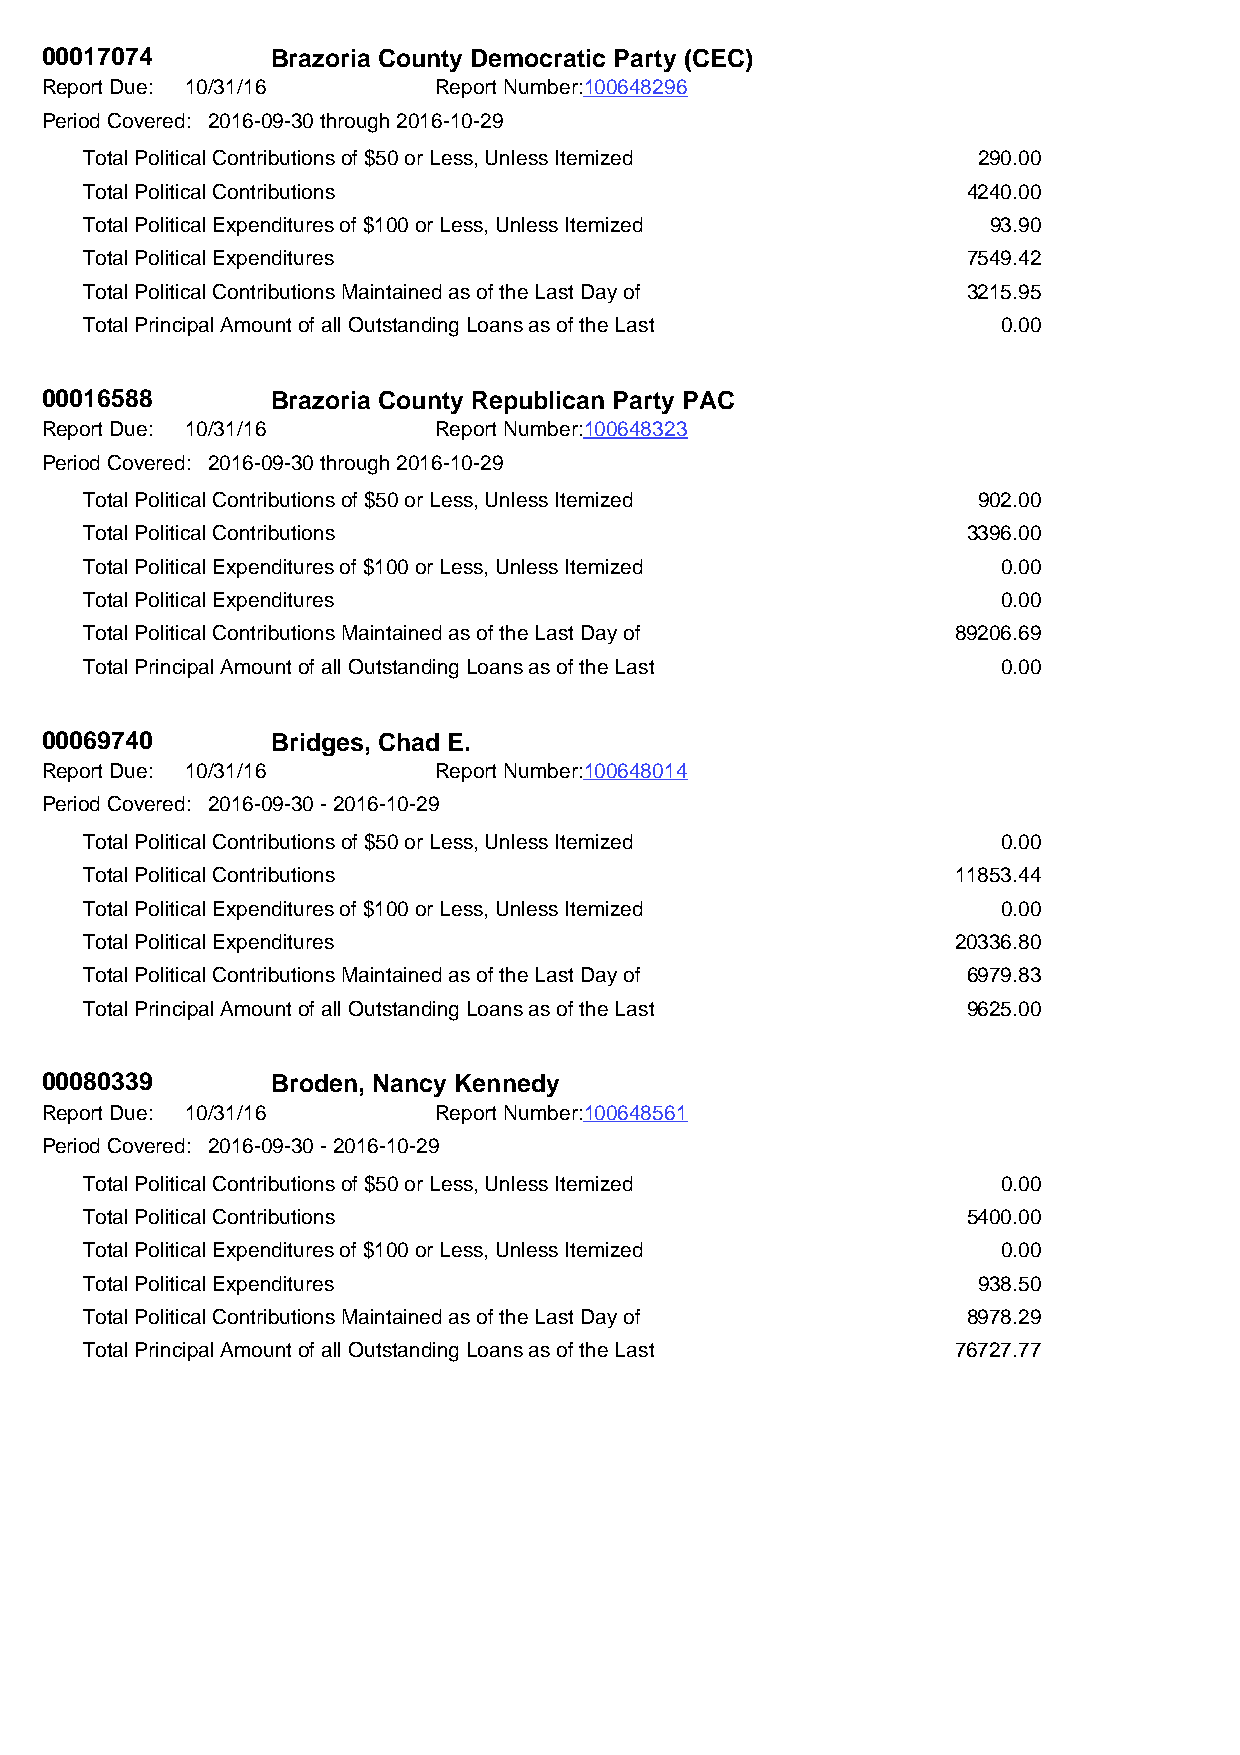
00017074       Brazoria County Democratic Party (CEC)
 Report Due: 10/31/16      Report Number:100648296
 Period Covered: 2016-09-30 through 2016-10-29
 Total Political Contributions of $50 or Less, Unless Itemized 290.00
 Total Political Contributions                             4240.00
 Total Political Expenditures of $100 or Less, Unless Itemized 93.90
 Total Political Expenditures                              7549.42
 Total Political Contributions Maintained as of the Last Day of 3215.95
 Total Principal Amount of all Outstanding Loans as of the Last 0.00
 00016588       Brazoria County Republican Party PAC
 Report Due: 10/31/16      Report Number:100648323
 Period Covered: 2016-09-30 through 2016-10-29
 Total Political Contributions of $50 or Less, Unless Itemized 902.00
 Total Political Contributions                             3396.00
 Total Political Expenditures of $100 or Less, Unless Itemized 0.00
 Total Political Expenditures                                0.00
 Total Political Contributions Maintained as of the Last Day of 89206.69
 Total Principal Amount of all Outstanding Loans as of the Last 0.00
 00069740       Bridges, Chad E.
 Report Due: 10/31/16      Report Number:100648014
 Period Covered: 2016-09-30 - 2016-10-29
 Total Political Contributions of $50 or Less, Unless Itemized 0.00
 Total Political Contributions                            11853.44
 Total Political Expenditures of $100 or Less, Unless Itemized 0.00
 Total Political Expenditures                             20336.80
 Total Political Contributions Maintained as of the Last Day of 6979.83
 Total Principal Amount of all Outstanding Loans as of the Last 9625.00
 00080339       Broden, Nancy Kennedy
 Report Due: 10/31/16      Report Number:100648561
 Period Covered: 2016-09-30 - 2016-10-29
 Total Political Contributions of $50 or Less, Unless Itemized 0.00
 Total Political Contributions                             5400.00
 Total Political Expenditures of $100 or Less, Unless Itemized 0.00
 Total Political Expenditures                               938.50
 Total Political Contributions Maintained as of the Last Day of 8978.29
 Total Principal Amount of all Outstanding Loans as of the Last 76727.77